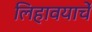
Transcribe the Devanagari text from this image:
लिहावयाचें